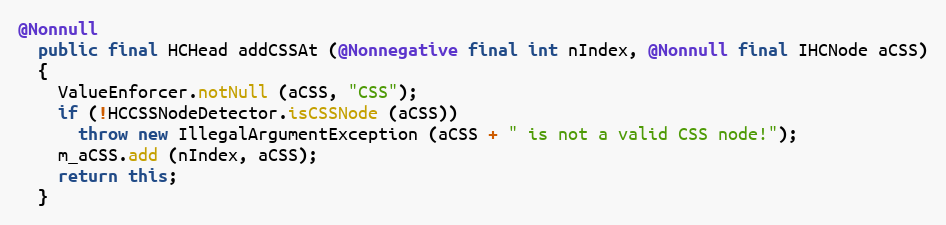
Language: Java
@Nonnull
  public final HCHead addCSSAt (@Nonnegative final int nIndex, @Nonnull final IHCNode aCSS)
  {
    ValueEnforcer.notNull (aCSS, "CSS");
    if (!HCCSSNodeDetector.isCSSNode (aCSS))
      throw new IllegalArgumentException (aCSS + " is not a valid CSS node!");
    m_aCSS.add (nIndex, aCSS);
    return this;
  }